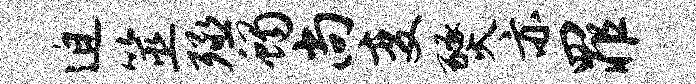
迫筮殛蝎尚变燹亦罪